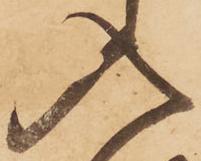
入